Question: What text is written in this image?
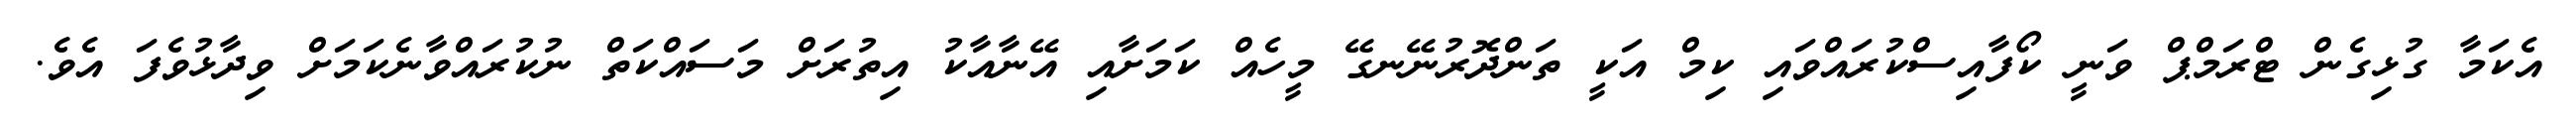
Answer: އެކަމާ ގުޅިގެން ޓްރަމްޕް ވަނީ ކޯފާއިސްކުރައްވައި ކިމް އަކީ ތަންދޮރުނޭނގޭ މީހެއް ކަމަށާއި އޭނާއާކު އިތުރަށް މަސައްކަތް ނުކުރައްވާނެކަމަށް ވިދާޅުވެފަ އެވެ.